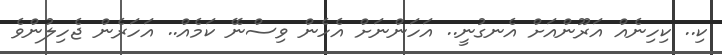
ކި.. ކިހިނެއް އަރޫންއަށް އެނގުނީ.. އަހަންނަށް އެހެން ވިސްނޭ ކަމެއް.. އަހަރެން ޖެހިލުންވެ